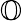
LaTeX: \mathbb{O}